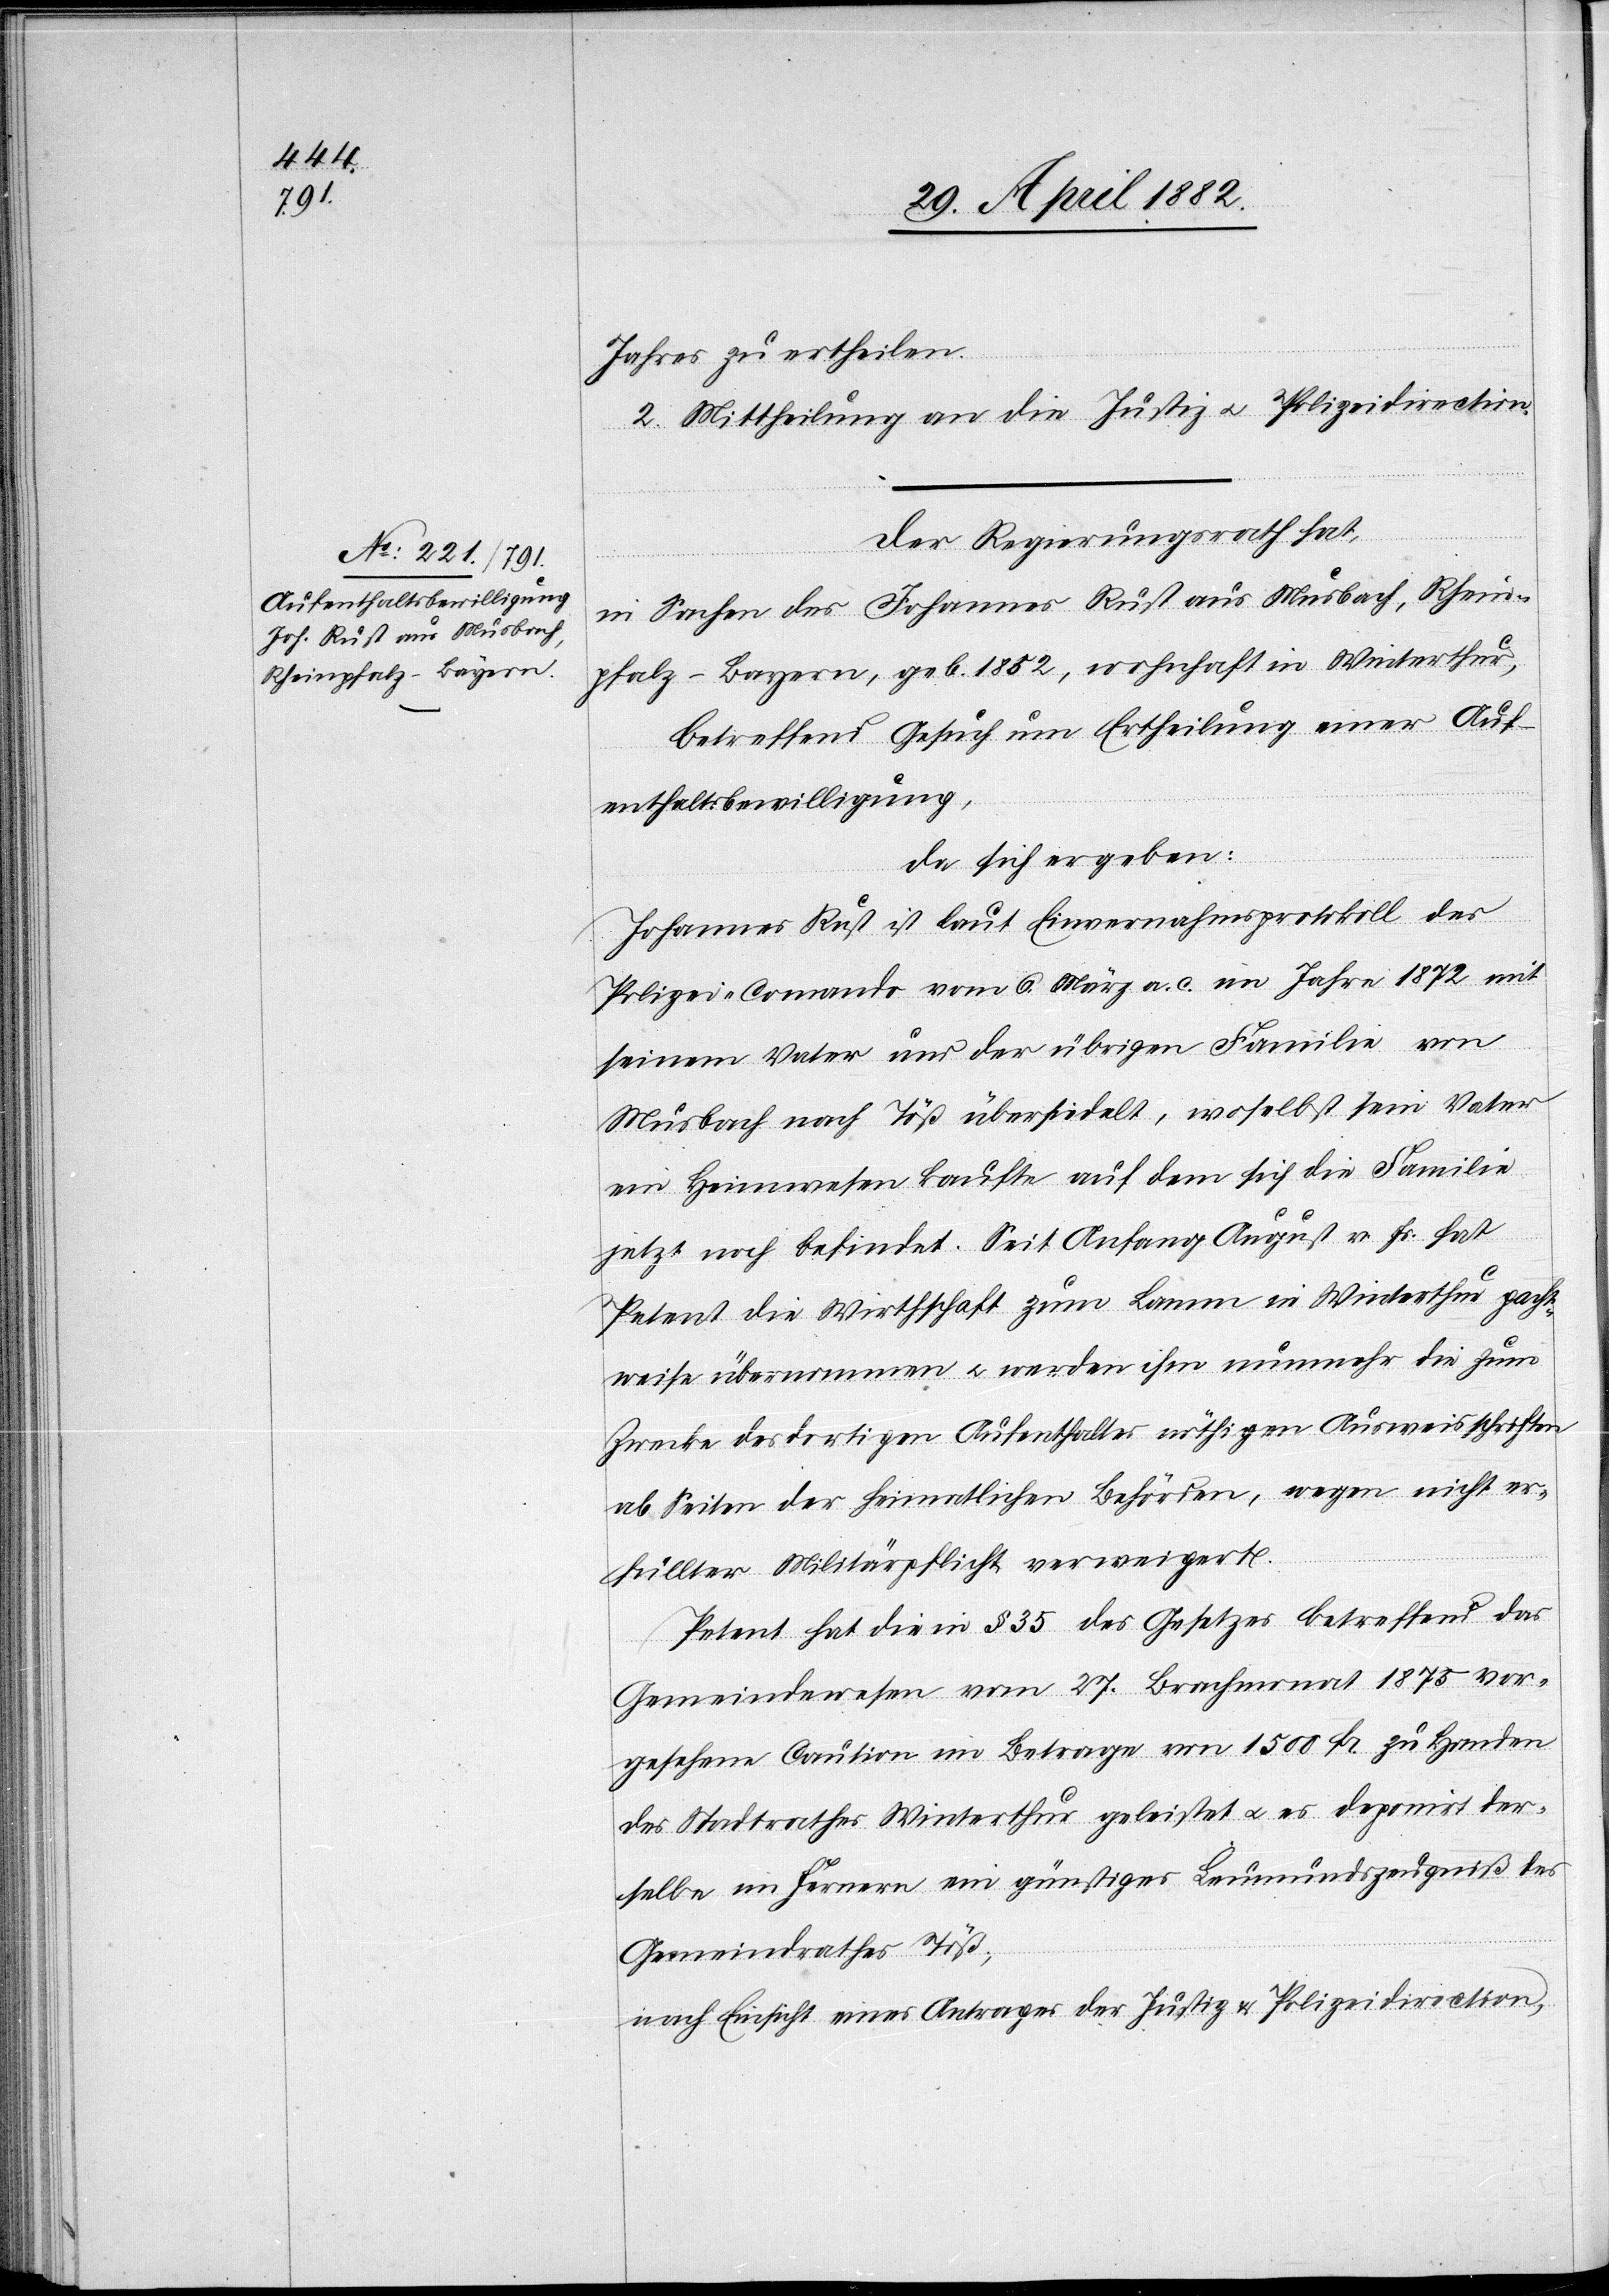
Jahres zu ertheilen.
2. Mittheilung an die Justiz[-] u. Polizeidirection.
Der Regierungsrath hat,
in Sachen des Johannes Rust aus Musbach, Rhein¬
pfalz - Bayern, geb. 1852, wohnhaft in Winterthur,
betreffend Gesuch um Ertheilung einer Auf¬
enthaltsbewilligung,
da sich ergeben:
Johannes Rust ist laut Einvernahmsprotokoll des
Polizei-Commando vom 6. März a. c. im Jahre 1872 mit
seinem Vater und der übrigen Familie von
Musbach nach Töß übersidelt, woselbst sein Vater
ein Heimwesen kaufte auf dem sich die Familie
jetzt noch befindet. Seit Anfang August v. Js. hat
Petent die Wirthschaft zum Lamm in Winterthur pacht¬
weise übernommen u. wurden ihm nunmehr die zum
Zwecke des dortigen Aufenthaltes nöthigen Ausweisschriften
ab Seiten der heimatlichen Behörden, wegen nicht er¬
füllter Militärpflicht, verweigert.
Petent hat die in § 35 des Gesetzes betreffend das
Gemeindewesen vom 27. Brachmonat 1875 vor¬
gesehene Caution im Betrage von 1500 Fr. zu Handen
des Stadtrathes Winterthur geleistet u. es deponirt der¬
selbe im Fernern ein günstiges Leumundszeugniß des
Gemeindrathes Töß;
nach Einsicht eines Antrages der Justiz[-] u. Polizeidirection,